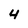
Character: 4